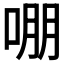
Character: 𭈒